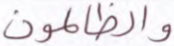
والظالمون